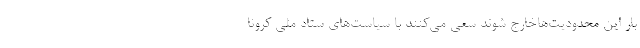
بار این محدودیت‌هاخارج شوند سعی می‌کنند با سیاست‌های ستاد ملی کرونا